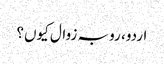
اردو، رو بہ زوال کیوں؟